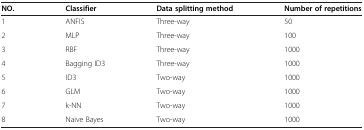
<table><thead><tr><td><b>NO.</b></td><td><b>Classifier</b></td><td><b>Data splitting method</b></td><td><b>Number of repetitions</b></td></tr></thead><tbody><tr><td>1</td><td>ANFIS</td><td>Three-way</td><td>50</td></tr><tr><td>2</td><td>MLP</td><td>Three-way</td><td>100</td></tr><tr><td>3</td><td>RBF</td><td>Three-way</td><td>1000</td></tr><tr><td>4</td><td>Bagging ID3</td><td>Three-way</td><td>1000</td></tr><tr><td>5</td><td>ID3</td><td>Two-way</td><td>1000</td></tr><tr><td>6</td><td>GLM</td><td>Two-way</td><td>1000</td></tr><tr><td>7</td><td>k-NN</td><td>Two-way</td><td>1000</td></tr><tr><td>8</td><td>Naive Bayes</td><td>Two-way</td><td>1000</td></tr></tbody></table>